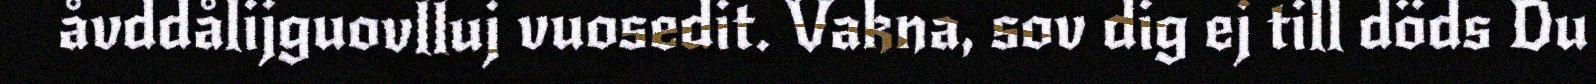
åvddålijguovlluj vuosedit. Vakna, sov dig ej till döds Du